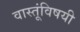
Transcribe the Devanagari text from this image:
वास्तूंविषयी